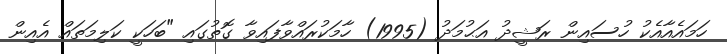
ހަމައެއާއެކު ހުސައިން ރަޝީދު އަޙުމަދު (1995) ހާމަކުރައްވާފައިވާ ގޮތުގައި "ބަހަކީ ކަލިމަތައް އެއިން